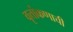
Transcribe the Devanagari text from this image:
वृत्तांकणाची